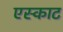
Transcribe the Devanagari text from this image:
एस्काट